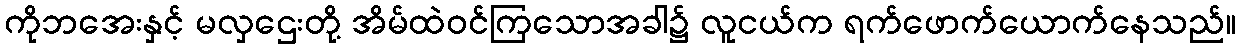
ကိုဘအေးနှင့် မလှဌေးတို့ အိမ်ထဲဝင်ကြသောအခါ၌ လူငယ်က ရက်ဖောက်ယောက်နေသည်။